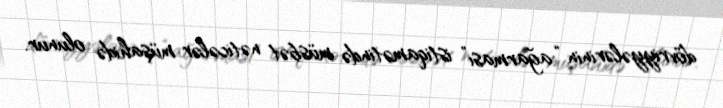
dövriyyələrinin “ağarması” istiqamətində müsbət nəticələr müşahidə olunur.